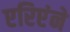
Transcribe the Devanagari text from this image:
एरिएंने